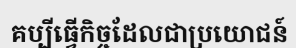
គប្បីធ្វើកិច្ចដែលជាប្រយោជន៍